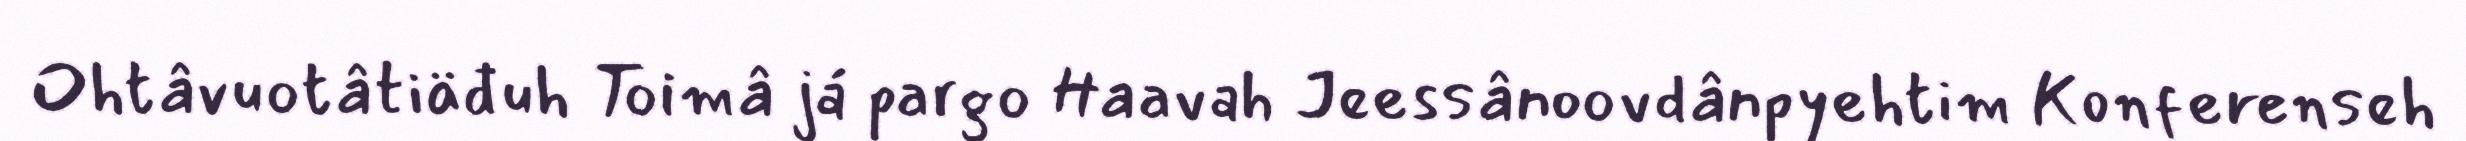
Ohtâvuotâtiäđuh Toimâ já pargo Haavah Jeessânoovdânpyehtim Konferenseh